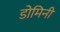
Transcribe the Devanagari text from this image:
डोमिनी